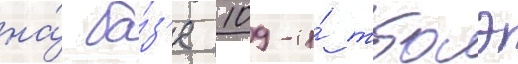
на́ ба́з'е 109-и́ тбаэ